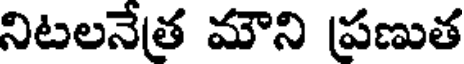
నిటలనేత మౌని ప్రణుత